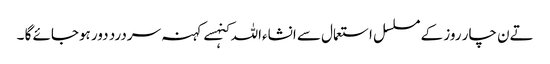
تےن چار روز کے مسلسل استعمال سے انشاءاللہ کنہسے کہنہ سردرد دور ہوجائے گا ۔